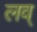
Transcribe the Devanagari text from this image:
लव्